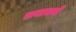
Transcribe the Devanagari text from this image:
लवाजमे